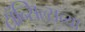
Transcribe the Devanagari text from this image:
टॉन्सिल्सच्या